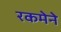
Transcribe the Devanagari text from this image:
रकमेने